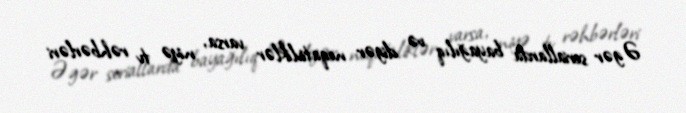
Əgər seriallarda bayağılıq və digər neqativliklər varsa, niyə tv rəhbərləri